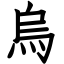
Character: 烏